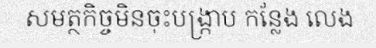
សមត្ថកិច្ចមិនចុះបង្ក្រាប កន្លែង លេង